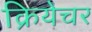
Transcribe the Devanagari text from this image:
क्रियेचर